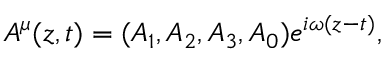
A ^ { \mu } ( z , t ) = ( A _ { 1 } , A _ { 2 } , A _ { 3 } , A _ { 0 } ) e ^ { i \omega ( z - t ) } ,